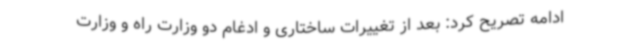
ادامه تصریح کرد: بعد از تغییرات ساختاری و ادغام دو وزارت راه و وزارت